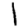
Digit: 1